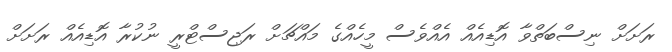
ރަށަށް ނިސްބަތްވާ އޮޑިއެއް އެއްވެސް މީހެއްގެ މައްޗަށް ރަޖިސްޓްރީ ނުކުރާ އޮޑިއެއް ރަށަށް